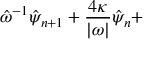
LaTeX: \hat { \omega } ^ { - 1 } \hat { \psi } _ { n + 1 } + \frac { 4 \kappa } { | \omega | } \hat { \psi } _ { n } +